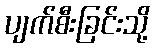
ပျက်စီးခြင်းသို့